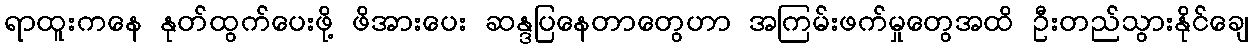
ရာထူးကနေ နုတ်ထွက်ပေးဖို့ ဖိအားပေး ဆန္ဒပြနေတာတွေဟာ အကြမ်းဖက်မှုတွေအထိ ဦးတည်သွားနိုင်ချေ